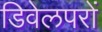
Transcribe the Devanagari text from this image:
डिवेलपरों